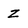
Character: Z